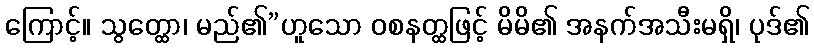
ကြောင့်။ သွတ္ထော၊ မည်၏”ဟူသော ဝစနတ္ထဖြင့် မိမိ၏ အနက်အသီးမရှိ၊ ပုဒ်၏